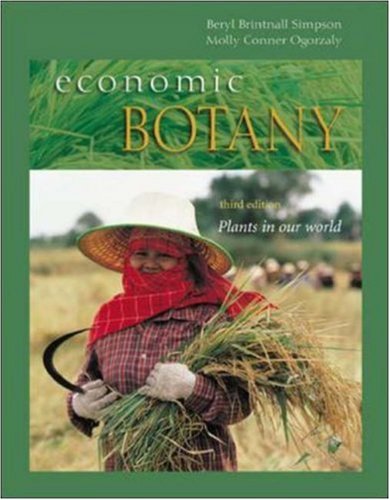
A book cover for Economic Botany: Plants in our World; Beryl Simpson; Crafts, Hobbies & Home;